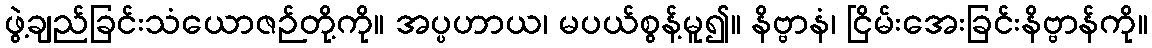
ဖွဲ့ချည်ခြင်းသံယောဇဉ်တို့ကို။ အပ္ပဟာယ၊ မပယ်စွန့်မူ၍။ နိဗ္ဗာနံ၊ ငြိမ်းအေးခြင်းနိဗ္ဗာန်ကို။